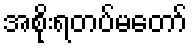
အစိုးရတပ်မတော်